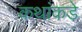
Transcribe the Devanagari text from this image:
कथांकडे